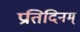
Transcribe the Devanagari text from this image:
प्रतिदिनम्‌